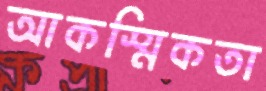
আকস্মিকতা